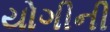
યોગીની